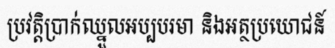
ប្រវត្តិប្រាក់ឈ្នួលអប្បបរមា និងអត្ថប្រយោជន៍